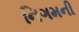
નિગમની